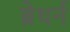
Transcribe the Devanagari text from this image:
ब्रेथर्न